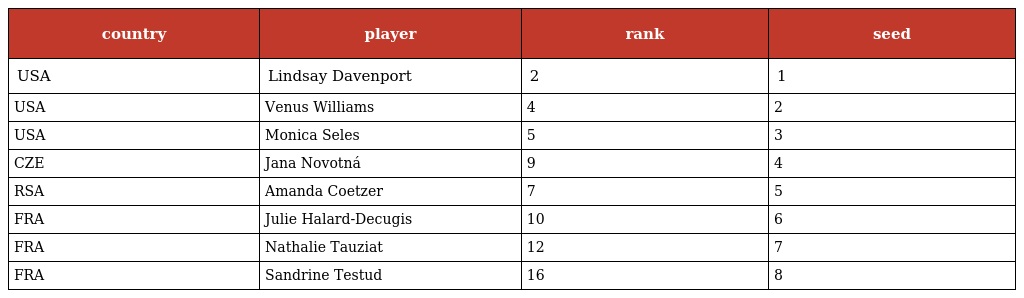
| country | player | rank | seed |
 | --- | --- | --- | --- |
 | USA | Lindsay Davenport | 2 | 1 |
 | USA | Venus Williams | 4 | 2 |
 | USA | Monica Seles | 5 | 3 |
 | CZE | Jana Novotná | 9 | 4 |
 | RSA | Amanda Coetzer | 7 | 5 |
 | FRA | Julie Halard-Decugis | 10 | 6 |
 | FRA | Nathalie Tauziat | 12 | 7 |
 | FRA | Sandrine Testud | 16 | 8 |